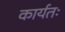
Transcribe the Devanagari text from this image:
कार्यतः